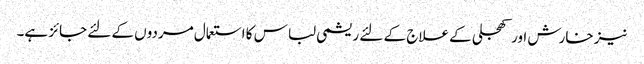
نیز خارش اور کھجلی کے علاج کے لئے ریشمی لباس کا استعمال مردوں کے لئے جائز ہے۔